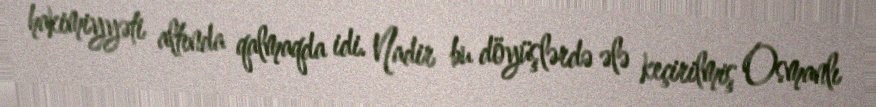
hakimiyyəti altında qalmaqda idi. Nadir bu döyüşlərdə ələ keçirilmiş Osmanlı